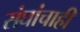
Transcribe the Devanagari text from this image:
संघांचाही